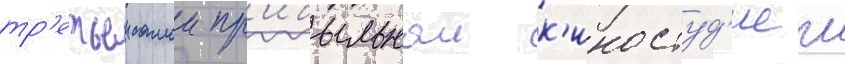
тр'етьеи самои пр'ибыльнои к'иностуд'иеи